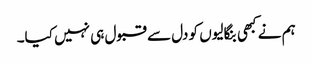
ہم نے کبھی بنگالیوں کو دل سے قبول ہی نہیں کیا۔